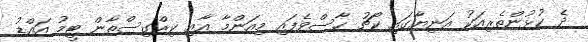
ދެ ކުޅުންތެރިއަކު އަނިޔާގައި ކޯޗު ހާސްވެފައި މިއަންމާ އާއި ކިރްގިސްތާން ޓީމު އައްޑު